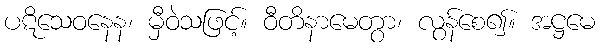
ပဋိသေဝနေန၊ မှီဝဲသဖြင့်။ ဝီတိနာမေတွာ၊ လွန်စေ၍။ အဋ္ဌမေ